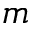
m